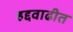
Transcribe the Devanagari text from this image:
हद्दवाढीत